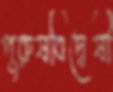
পুরুষবিদ্বেষী